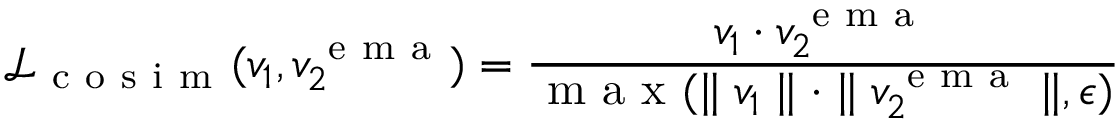
\mathcal { L } _ { \mathrm { ~ c ~ o ~ s ~ i ~ m ~ } } ( v _ { 1 } , v _ { 2 } ^ { \mathrm { ~ e ~ m ~ a ~ } } ) = \frac { v _ { 1 } \cdot v _ { 2 } ^ { \mathrm { ~ e ~ m ~ a ~ } } } { \mathrm { ~ m ~ a ~ x ~ } ( \parallel v _ { 1 } \parallel \cdot \parallel v _ { 2 } ^ { \mathrm { ~ e ~ m ~ a ~ } } \parallel , \epsilon ) }